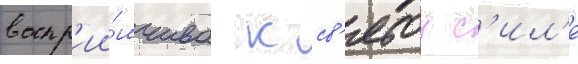
воспр'ии́мчива к св'ятои с'ил'е